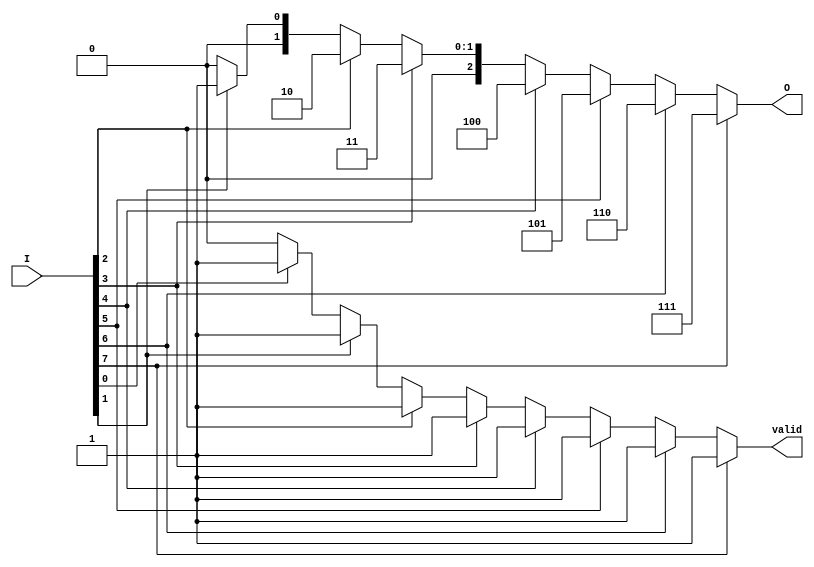
module encoder_8_to_3 (
    input  wire [7:0] I,    // 8 input lines
    output reg  [2:0] O,    // 3 output lines
    output reg        valid   // Valid output signal
);

    always @(*) begin
        // Default output values
        O = 3'b000; // Default output
        valid = 1'b0; // Default valid signal

        // Priority encoding
        if (I[7]) begin
            O = 3'b111;
            valid = 1'b1;
        end else if (I[6]) begin
            O = 3'b110;
            valid = 1'b1;
        end else if (I[5]) begin
            O = 3'b101;
            valid = 1'b1;
        end else if (I[4]) begin
            O = 3'b100;
            valid = 1'b1;
        end else if (I[3]) begin
            O = 3'b011;
            valid = 1'b1;
        end else if (I[2]) begin
            O = 3'b010;
            valid = 1'b1;
        end else if (I[1]) begin
            O = 3'b001;
            valid = 1'b1;
        end else if (I[0]) begin
            O = 3'b000;
            valid = 1'b1;
        end
    end

endmodule